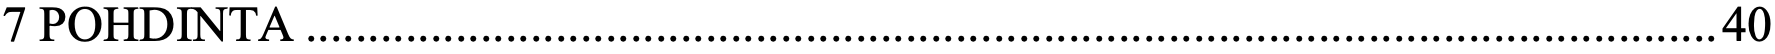
7 POHDINTA ................................................................................................................. 40